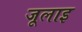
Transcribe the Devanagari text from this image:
जूलाइ